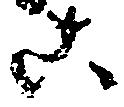
こ